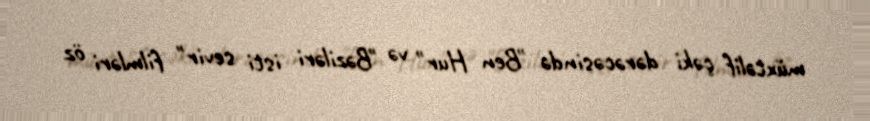
müxtəlif çəki dərəcəsində "Ben Hur" və "Bəziləri isti sevir" filmləri öz